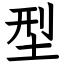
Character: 型